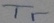
Text: Tr